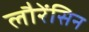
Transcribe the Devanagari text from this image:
लौरेंसिन